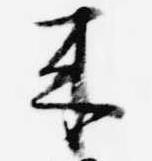
来